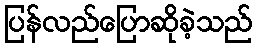
ပြန်လည်ပြောဆိုခဲ့သည်